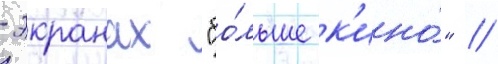
-экранах "бо́льше к'ино́" //